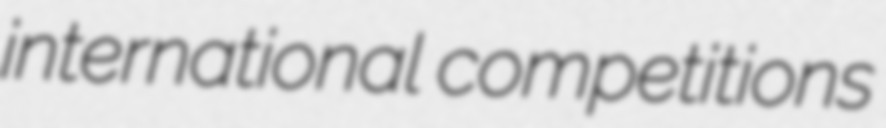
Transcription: international competitions